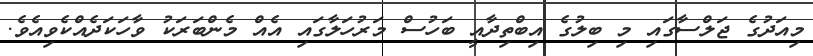
މިއަދުގެ ޖަލްސާގައި މި ބިލުގެ އިބްތިދާއީ ބަހުސް މަރުހަލާގައި އެއް މެންބަރަކު ވާހަކަދެއްކެވިއެވެ.